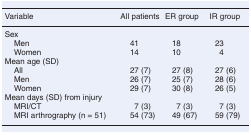
<table><thead><tr><td><b>Variable</b></td><td><b>All patients</b></td><td><b>ER group</b></td><td><b>IR group</b></td></tr></thead><tbody><tr><td>Sex</td><td></td><td></td><td></td></tr><tr><td> Men</td><td>41</td><td>18</td><td>23</td></tr><tr><td> Women</td><td>14</td><td>10</td><td>4</td></tr><tr><td>Mean age (SD)</td><td></td><td></td><td></td></tr><tr><td> All</td><td>27 (7)</td><td>27 (8)</td><td>27 (6)</td></tr><tr><td> Men</td><td>26 (7)</td><td>25 (7)</td><td>28 (6)</td></tr><tr><td> Women</td><td>29 (7)</td><td>30 (8)</td><td>26 (5)</td></tr><tr><td>Mean days (SD) from injury</td><td></td><td></td><td></td></tr><tr><td> MRI/CT</td><td>7 (3)</td><td>7 (3)</td><td>7 (3)</td></tr><tr><td> MRI arthrography (n = 51)</td><td>54 (73)</td><td>49 (67)</td><td>59 (79)</td></tr></tbody></table>